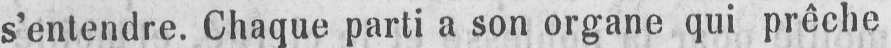
s’entendre. Chaque parti a son organe qui prêche